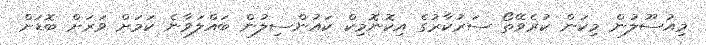
މިއުސޫލުން މިކަން ކުރެވޭތޯ ސަރުކާރުގެ އިކޮނޮމިކް ކައުންސިލުން ބައްލަވާނެ ކަމަށް ވަރަށް ބޮޑަށް